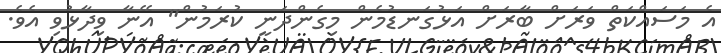
އެ މަސައްކަތް ވަރަށް ބާރަށް އަޅުގަނޑުމެން މިގެންދަނީ ކުރަމުން" އޭނާ ވިދާޅުވި އެވެ.